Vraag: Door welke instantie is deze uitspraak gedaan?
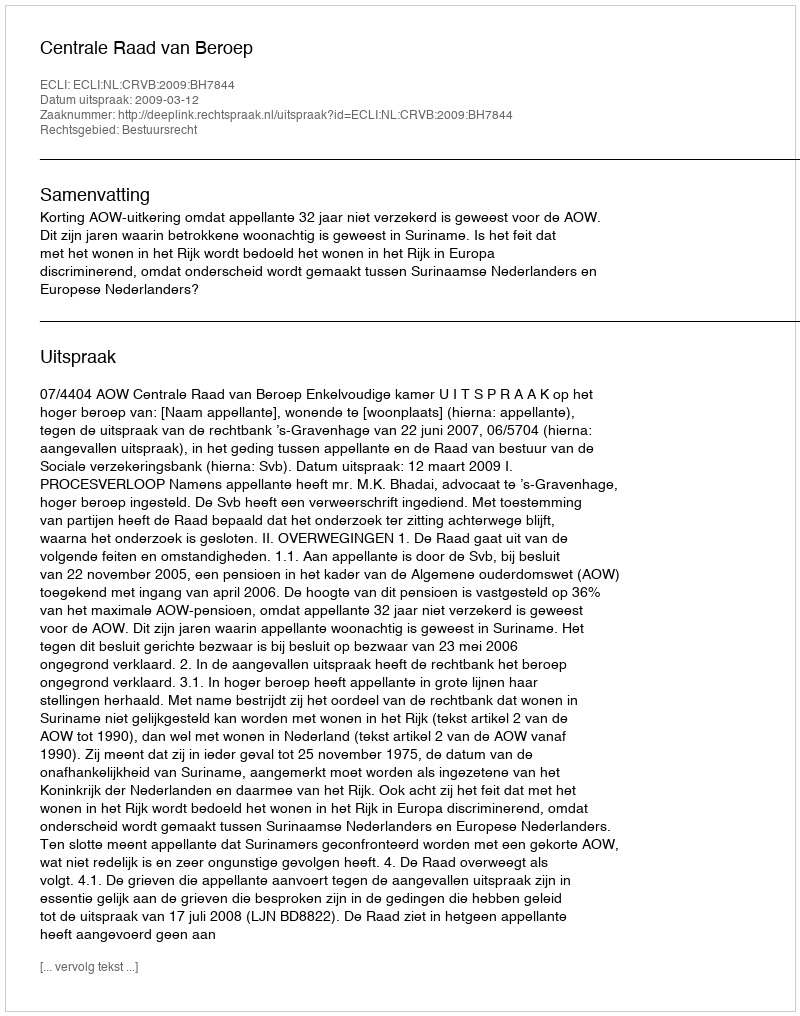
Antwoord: Centrale Raad van Beroep